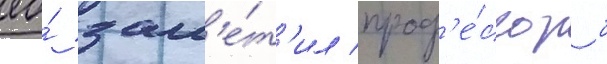
ео́ зам'е́т'ил проф'е́ссор б